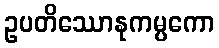
ဥပတိဿောနုကမ္ပကော